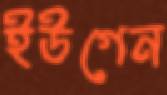
ইউগেন